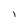
Character: I